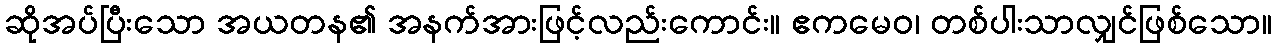
ဆိုအပ်ပြီးသော အယတန၏ အနက်အားဖြင့်လည်းကောင်း။ ဧကမေဝ၊ တစ်ပါးသာလျှင်ဖြစ်သော။